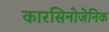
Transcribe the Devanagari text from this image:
कारसिनोजेनिक